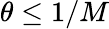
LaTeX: \theta\leq 1/M